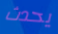
يحدث